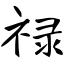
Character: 禄